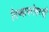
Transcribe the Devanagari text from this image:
तिच्याबरोबरची